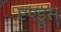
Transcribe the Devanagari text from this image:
एण्ड्रूस